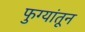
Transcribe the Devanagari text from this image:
फुग्यांतून